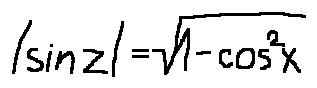
| \sin z | = \sqrt { 1 - \cos ^ { 2 } z }